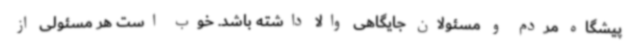
پیشگاه مردم و مسئولان جایگاهی والا داشته باشد. خوب است هر مسئولی از